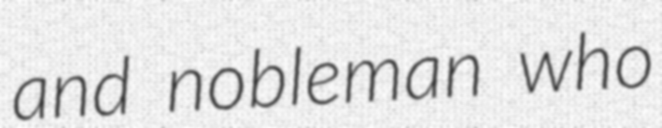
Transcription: and nobleman who